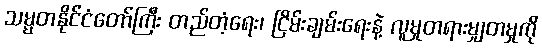
သမ္မတနိုင်ငံတော်ကြီး တည်တံ့ရေး၊ ငြိမ်းချမ်းရေးနဲ့ လူမှုတရားမျှတမှုကို